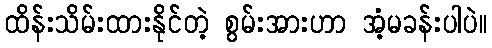
ထိန်းသိမ်းထားနိုင်တဲ့ စွမ်းအားဟာ အံ့မခန်းပါပဲ။